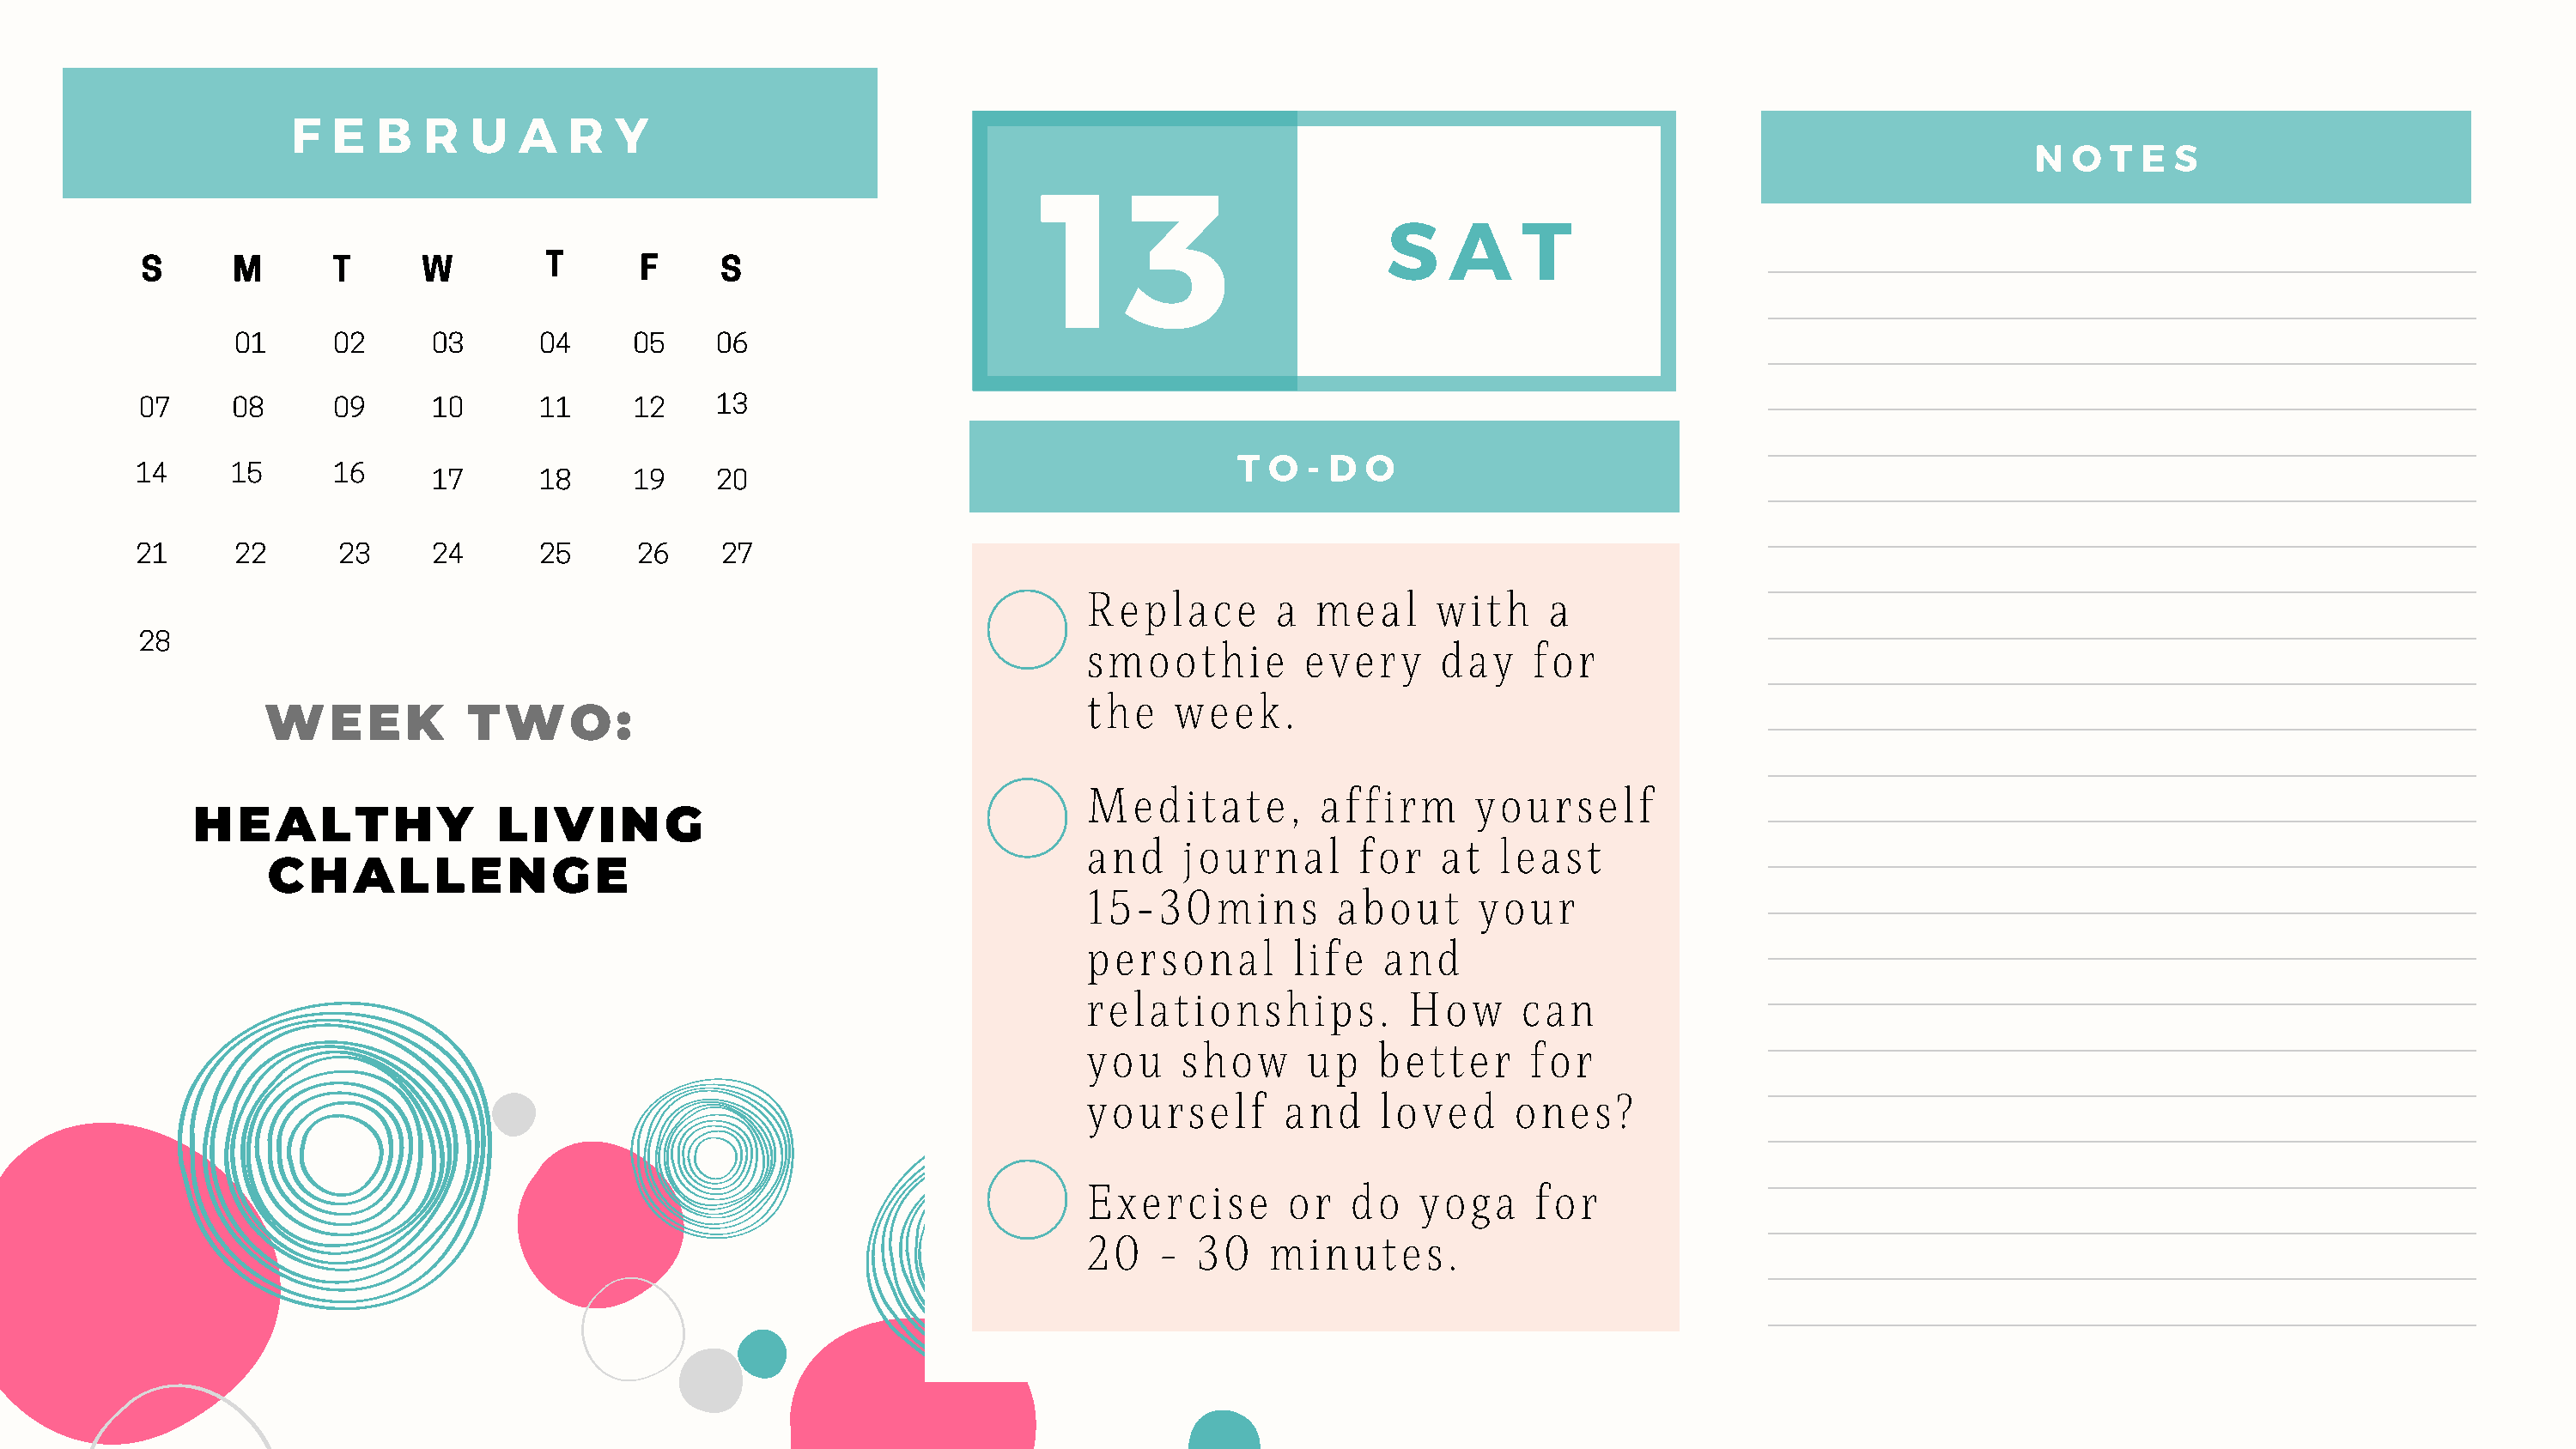
F   E  B   R  U   A   R  Y
 1      3                                                                     N  O  T E  S
 S    A    T
 S      M       T     W         T      F      S
 01      02     03       04     05    06
 07     08      09     10       11     12    13
 T  O  - D O
 14      15      16
 17       18     19    20
 21      22      23     24       25     26     27
 Replace       a  meal      with    a
 28                                                                       smoothie         every     day    for
 the    week.
 WEEK            TWO:
 Meditate,         affirm      yourself
 HEALTHY                LIVING
 and    journal       for   at   least
 CHALLENGE
 15-30mins          about      your
 personal        life   and
 relationships.           How     can
 you    show      up   better      for
 yourself       and    loved      ones?
 Exercise       or   do   yoga     for
 20   -  30    minutes.